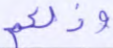
وذلكم